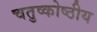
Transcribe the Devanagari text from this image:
चतुष्कोष्ठीय